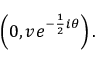
\left( 0 , v e ^ { - { \frac { 1 } { 2 } } i \theta } \right) .